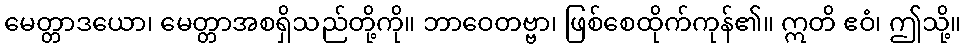
မေတ္တာဒယော၊ မေတ္တာအစရှိသည်တို့ကို။ ဘာဝေတဗ္ဗာ၊ ဖြစ်စေထိုက်ကုန်၏။ ဣတိ ဧဝံ၊ ဤသို့။